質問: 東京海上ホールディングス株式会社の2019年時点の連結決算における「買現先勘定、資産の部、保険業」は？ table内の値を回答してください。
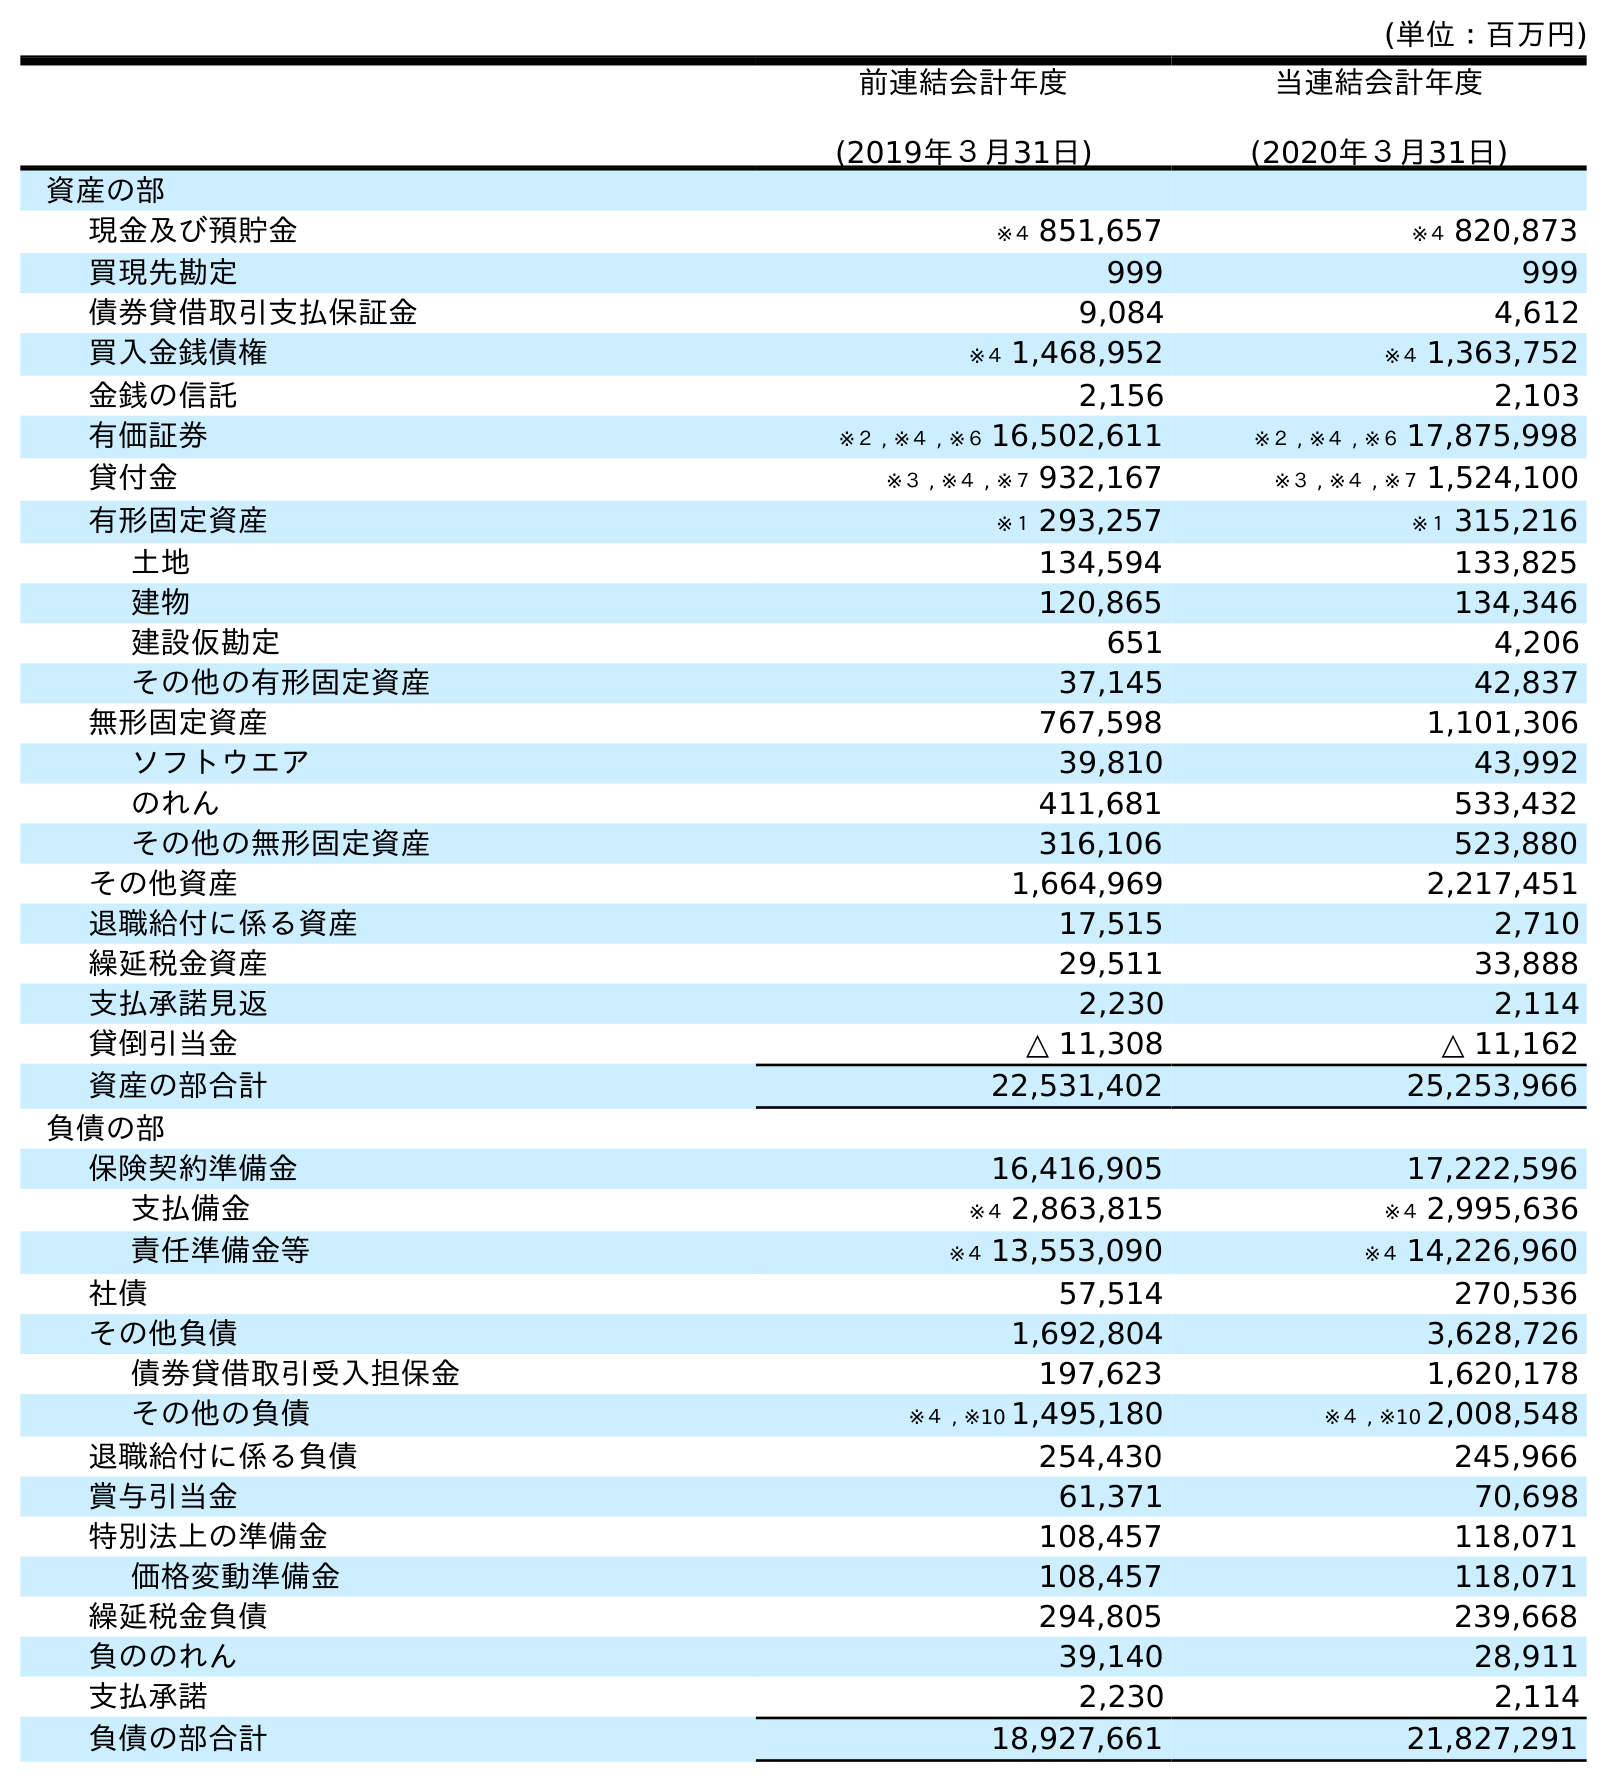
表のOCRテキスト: (単位：百万円) 前連結会計年度 (2019年３月31日) 当連結会計年度 (2020年３月31日) 資産の部 現金及び預貯金 ※４ 851,657 ※４ 820,873 買現先勘定 999 999 債券貸借取引支払保証金 9,084 4,612 買入金銭債権 ※４ 1,468,952 ※４ 1,363,752 金銭の信託 2,156 2,103 有価証券 ※２ , ※４ , ※６ 16,502,611 ※２ , ※４ , ※６ 17,875,998 貸付金 ※３ , ※４ , ※７ 932,167 ※３ , ※４ , ※７ 1,524,100 有形固定資産 ※１ 293,257 ※１ 315,216 土地 134,594 133,825 建物 120,865 134,346 建設仮勘定 651 4,206 その他の有形固定資産 37,145 42,837 無形固定資産 767,598 1,101,306 ソフトウエア 39,810 43,992 のれん 411,681 533,432 その他の無形固定資産 316,106 523,880 その他資産 1,664,969 2,217,451 退職給付に係る資産 17,515 2,710 繰延税金資産 29,511 33,888 支払承諾見返 2,230 2,114 貸倒引当金 △ 11,308 △ 11,162 資産の部合計 22,531,402 25,253,966 負債の部 保険契約準備金 16,416,905 17,222,596 支払備金 ※４ 2,863,815 ※４ 2,995,636 責任準備金等 ※４ 13,553,090 ※４ 14,226,960 社債 57,514 270,536 その他負債 1,692,804 3,628,726 債券貸借取引受入担保金 197,623 1,620,178 その他の負債 ※４ , ※10 1,495,180 ※４ , ※10 2,008,548 退職給付に係る負債 254,430 245,966 賞与引当金 61,371 70,698 特別法上の準備金 108,457 118,071 価格変動準備金 108,457 118,071 繰延税金負債 294,805 239,668 負ののれん 39,140 28,911 支払承諾 2,230 2,114 負債の部合計 18,927,661 21,827,291
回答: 999